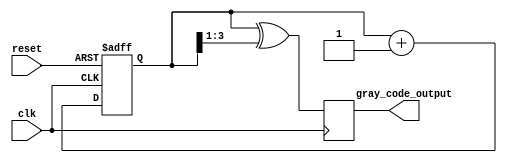
module gray_counter_clock_divider (
    input wire clk,
    input wire reset,
    output reg [N-1:0] gray_code_output
);

parameter N = 4; // Specify the number of bits for the counter

reg [N-1:0] counter;
reg [N-1:0] gray_code;

always @(posedge clk or posedge reset) begin
    if (reset) begin
        counter <= 0;
    end else begin
        counter <= counter + 1;
    end
end

always @(counter) begin
    // Generate Gray code
    gray_code = counter ^ (counter >> 1);
end

always @(posedge clk) begin
    // Synchronize the Gray code output with the clock signal
    gray_code_output <= gray_code;
end

endmodule